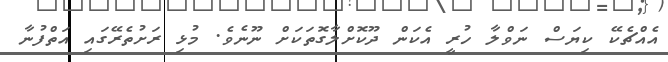
އެއްޗެކޭ ކިޔަސް ނަވްލާ ހުރީ އެކަން ދޫކޮށްލާގޮތަކަށް ނޫނެވެ. މުޅި ރަށުތެރޭގައި އަތްފުނާ